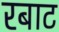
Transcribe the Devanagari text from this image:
रबाट